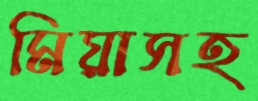
মিয়াসহ